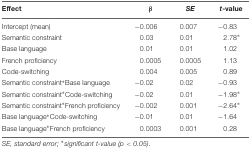
| Effect | β | SE | t-value |
 | --- | --- | --- | --- |
 | Intercept (mean) | -0.006 | 0.007 | -0.83 |
 | Semantic constraint | 0.03 | 0.01 | 2.78* |
 | Base language | 0.01 | 0.01 | 1.02 |
 | French proficiency | 0.0005 | 0.0005 | 1.13 |
 | Code-switching | 0.004 | 0.005 | 0.89 |
 | Semantic constraint∗Base language | -0.02 | 0.02 | -0.93 |
 | Semantic constraint∗Code-switching | -0.02 | 0.01 | -1.98* |
 | Semantic constraint∗French proficiency | -0.002 | 0.001 | -2.64* |
 | Base language∗Code-switching | -0.01 | 0.01 | -1.64 |
 | Base language∗French proficiency | 0.0003 | 0.001 | 0.28 |